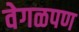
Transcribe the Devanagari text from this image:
वेगळपण